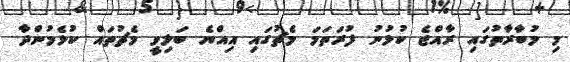
މި މުބާރާތުގައި ރާއްޖެ ކުޅުނު ފުރަތަމަ މެޗުގައި އިއްޔެ ބަލިވީ މެޗުތައް ކުޅެމުންދާ